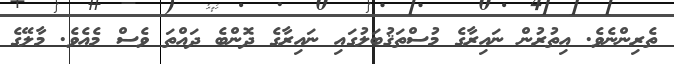
ތެރިންނެވެ. އިތުރުން ނައިރާގެ މުސްތަޤުބަލުގައި ނައިރާގެ ދޮންބެ ދައްތަ ވެސް މެއެވެ. މާލޭގެ